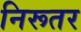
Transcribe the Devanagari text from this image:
निरूतर